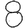
Digit: 8